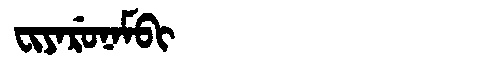
Manchu: ᠸᡳᠶᠠᡵᡠᠨᠠᠮᠪᡳ
Romanization: FIYARUNAMBI